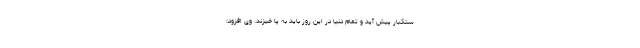
ستکبار پیش آید و تمام دنیا در این روز باید به پا خیزند. وی افزود: